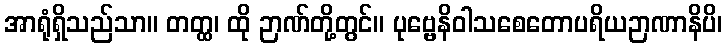
အာရုံရှိသည်သာ။ တတ္ထ၊ ထို ဉာဏ်တို့တွင်။ ပုဗ္ဗေနိဝါသစေတောပရိယဉာဏာနိပိ၊